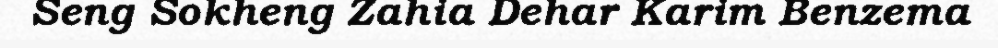
Seng Sokheng Zahia Dehar Karim Benzema